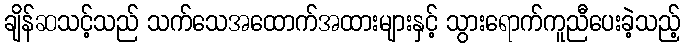
ချိန်ဆသင့်သည် သက်သေအထောက်အထားများနှင့် သွားရောက်ကူညီပေးခဲ့သည့်